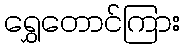
ရွှေတောင်ကြား